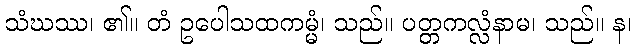
သံဃဿ၊ ၏။ တံ ဥပေါသထကမ္မံ၊ သည်။ ပတ္တကလ္လံနာမ၊ သည်။ န၊